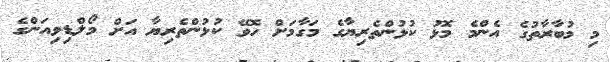
މި މުބާރާތުގެ އެންމެ މޮޅު ކުޅުންތެރިޔާގެ މަގާމަށް ހޮވޭ ކުޅުންތެރިޔާ އަށް މޯލްޑިވިއަންގެ